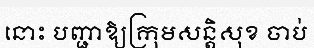
នោះ បញ្ជាឱ្យក្រុមសន្តិសុខ ចាប់